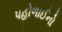
પહોળાઈનો